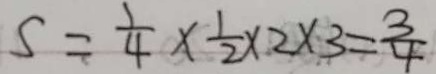
S = \frac { 1 } { 4 } \times \frac { 1 } { 2 } \times 2 \times 3 = \frac { 3 } { 4 }